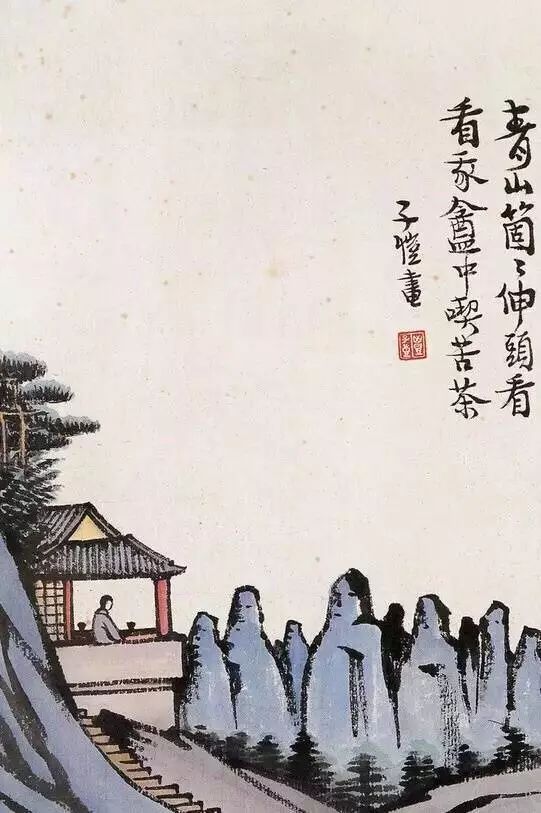
无由持一碗，寄与爱茶人。